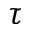
\tau